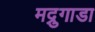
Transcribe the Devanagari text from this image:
मद्रुगाडा